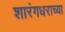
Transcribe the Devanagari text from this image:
शारंगधराच्या